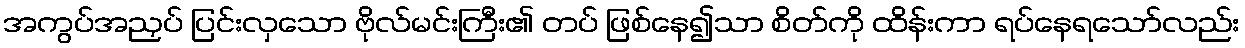
အကွပ်အညှပ် ပြင်းလှသော ဗိုလ်မင်းကြီး၏ တပ် ဖြစ်နေ၍သာ စိတ်ကို ထိန်းကာ ရပ်နေရသော်လည်း